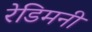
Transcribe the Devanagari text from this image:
रेडिमनी